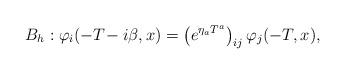
LaTeX: \begin{align*}B_h : \varphi_i(-T\!-i\beta,x)=\left(e^{\eta_a T^a}\right)_{ij}\varphi_j(-T,x) ,\end{align*}